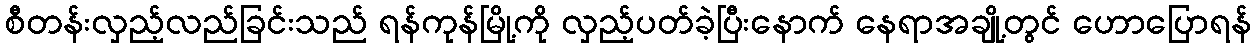
စီတန်းလှည့်လည်ခြင်းသည် ရန်ကုန်မြို့ကို လှည့်ပတ်ခဲ့ပြီးနောက် နေရာအချို့တွင် ဟောပြောရန်